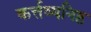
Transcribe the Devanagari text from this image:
कर्त्तव्यनिष्ठ